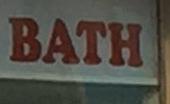
bath